Leaving Certificate Examination (including Day School Certificate (Higher) General paper), 1932
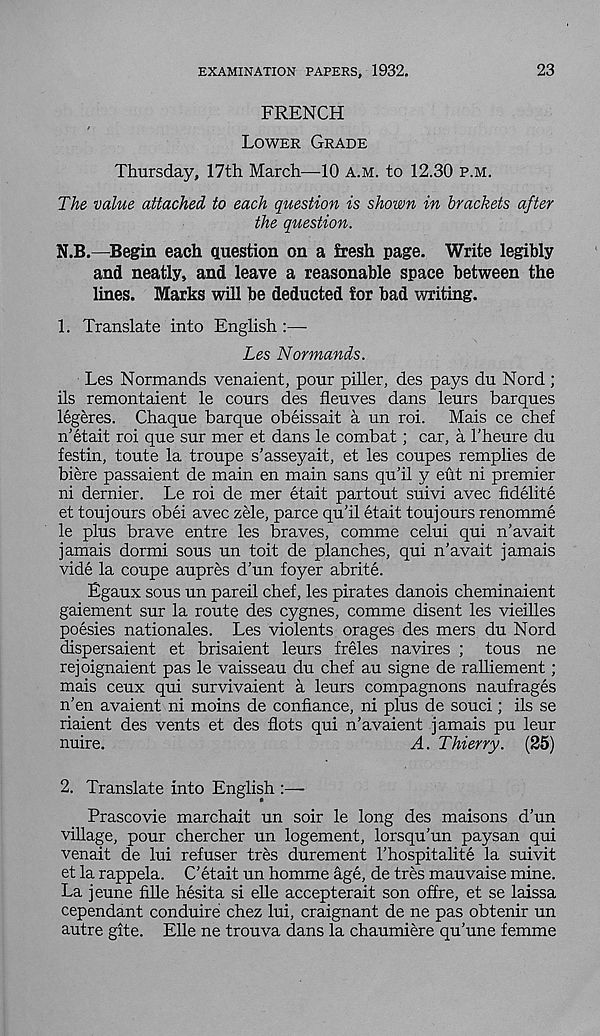
EXAMINATION PAPERS, 1932,
23
FRENCH
LOWER GRADE
Thursday, 17th March—-10 A.M. to 12.30 P.M.
The value attached to each question is shown in brackets after
the question.
N.B.—Begin each question on a fresh page. Write legibly
and neatly, and leave a reasonable space between the
lines. Marks will be deducted for bad writing.
1. Translate into English :—
Les Normands.
Les Normands venaient, pour piller, des pays du Nord ;
ils remontaient le cours des fleuves dans leurs barques
legeres. Chaque barque obeissait a un roi. Mais ce chef
n'etait roi que sur mer et dans le combat; car, a 1'heure du
festin, toute la troupe s’asseyait, et les coupes remplies de
biere passaient de main en main sans qu’il y eut ni premier
ni dernier. Le roi de mer etait partout suivi avec fidelite
et toujours obei avec zele, parce qu’il etait toujours renomme
le plus brave entre les braves, comme celui qui n’avait
jamais dormi sous un toit de planches, qui n’avait jamais
vide la coupe aupres d’un foyer abrite.
Egaux sous un pared chef, les pirates danois cheminaient
gaiement sur la route des cygnes, comme disent les vieilles
poesies nationales. Les violents orages des mers du Nord
dispersaient et brisaient leurs freles navires ; tous ne
rejoignaient pas le vaisseau du chef au signe de ralliement;
mais ceux qui survivaient a leurs compagnons naufrages
n’en avaient ni moins de confiance, ni plus de souci; ils se
riaient des vents et des flots qui n’avaient jamais pu leur
nuire.
A. Thierry.
(25)
2. Translate into English :—
Prascovie marchait un soir le long des maisons d’un
village, pour chercher un logement, lorsqu’un paysan qui
venait de lui refuser tres durement 1’hospitalite la suivit
et la rappela. C’etait un homme age, de tres mauvaise mine.
La jeune fille hesita si elle accepterait son offre, et se laissa
cependant conduire chez lui, craignant de ne pas obtenir un
autre gite. Elle ne trouva dans la chaumiere qu’une femme